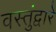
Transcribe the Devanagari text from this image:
वस्तुंद्वारे